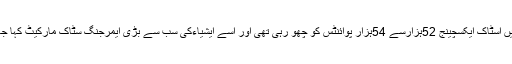
اسحاق ڈار کے زمانے یعنی دو برس پہلے اکتوبر میں اسٹاک ایکسچینج 52ہزارسے 54ہزار پوائنٹس کو چھو رہی تھی اور اسے ایشیاءکی سب سے بڑی ایمرجنگ سٹاک مارکیٹ کہا جا رہا تھا جو اب گر کر 38ہزار سے بھی نیچے ہے۔